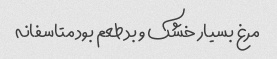
مرغ بسیار خشک و بد طعم بود متاسفانه